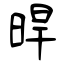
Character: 晘